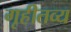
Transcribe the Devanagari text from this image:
गृहीतव्य